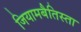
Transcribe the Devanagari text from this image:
जियामबैतिस्ता